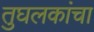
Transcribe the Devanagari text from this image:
तुघलकांचा